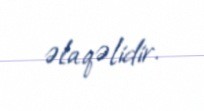
əlaqəlidir.